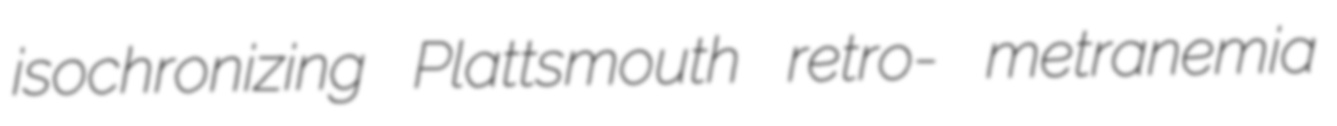
isochronizing Plattsmouth retro- metranemia